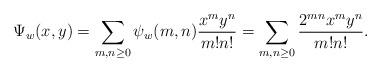
LaTeX: \begin{align*}\Psi_w(x, y) = \sum_{m,n \geq 0} \psi_w(m,n) \frac{x^my^n}{m!n!}= \sum_{m,n \geq 0} \frac{2^{mn} x^my^n}{m!n!}.\end{align*}